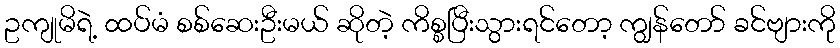
ဥကျုမိရဲ့ ထပ်မံ စစ်ဆေးဦးမယ် ဆိုတဲ့ ကိစ္စပြီးသွားရင်တော့ ကျွန်တော် ခင်ဗျားကို